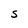
Character: S